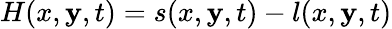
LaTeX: H(x,\mathbf{y},t)=s(x,\mathbf{y},t)-l(x,\mathbf{y},t)